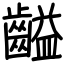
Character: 齸